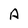
Character: A